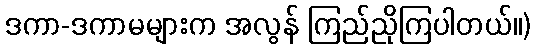
ဒကာ-ဒကာမများက အလွန် ကြည်ညိုကြပါတယ်။)